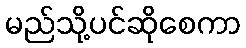
မည်သို့ပင်ဆိုစေကာ